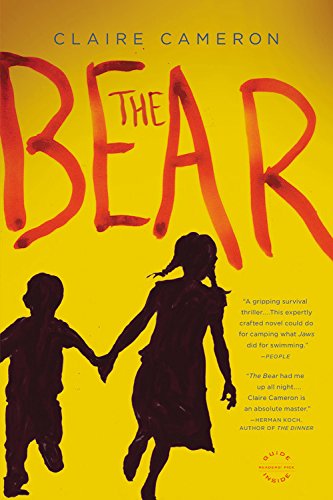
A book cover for The Bear: A Novel; Claire Cameron; Travel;